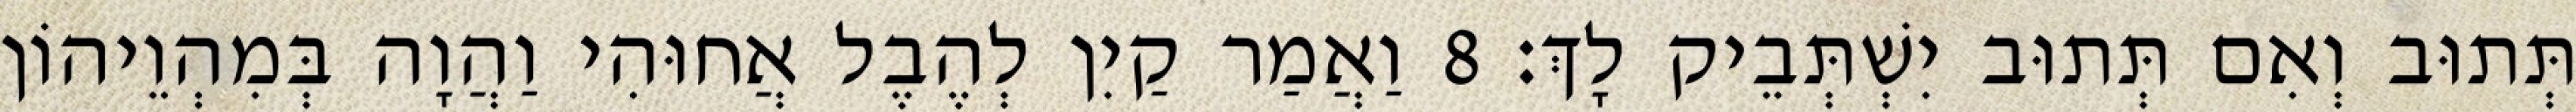
תְּתוּב וְאִם תְּתוּב יִשְׁתְּבֵיק לָךְ׃ 8 וַאֲמַר קַיִן לְהֶבֶל אֲחוּהִי וַהֲוָה בְּמִהְוֵיהוֹן